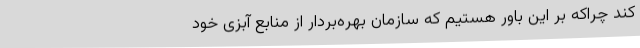
کند چراکه بر این باور هستیم که سازمان بهره‌بردار از منابع آبزی خود